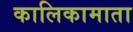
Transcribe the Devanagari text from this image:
कालिकामाता